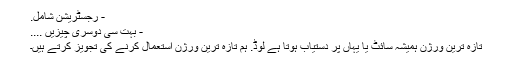
- رجسٹریشن شامل.
- بہت سی دوسری چیزیں ....
تازہ ترین ورژن ہمیشہ سائٹ یا یہاں پر دستیاب ہوتا ہے لوڈ. ہم تازہ ترین ورژن استعمال کرنے کی تجویز کرتے ہیں۔